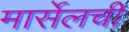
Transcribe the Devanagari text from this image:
मार्सेलची